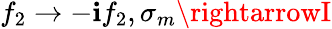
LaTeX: f_{2}\rightarrow-\mathbf{i}f_{2},\sigma_{m}\rightarrowI